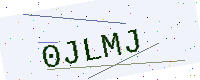
Text: 0JLMJ